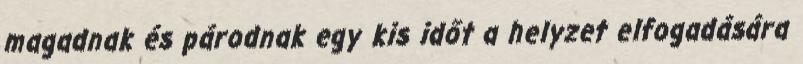
magadnak és párodnak egy kis időt a helyzet elfogadására